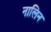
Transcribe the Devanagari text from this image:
नालिन